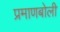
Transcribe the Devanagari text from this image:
प्रमाणबोली